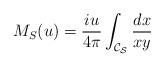
LaTeX: \begin{align*}M_S(u)= \frac{iu}{4\pi}\int_{\cal C_S} \frac{dx}{xy}\end{align*}